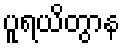
ပူရယိတွာန